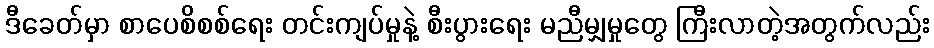
ဒီခေတ်မှာ စာပေစိစစ်ရေး တင်းကျပ်မှုနဲ့ စီးပွားရေး မညီမျှမှုတွေ ကြီးလာတဲ့အတွက်လည်း